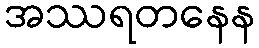
အဿရတနေန